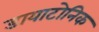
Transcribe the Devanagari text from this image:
डायाटोनिक